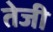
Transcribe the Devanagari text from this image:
तेेजी